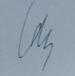
Signature authenticity: genuine